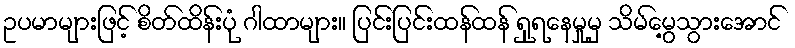
ဥပမာများဖြင့် စိတ်ထိန်းပုံ ဂါထာများ။ ပြင်းပြင်းထန်ထန် ရှုရနေမှုမှ သိမ်မွေ့သွားအောင်